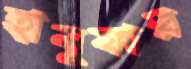
হানুফার